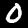
Digit: 0